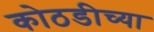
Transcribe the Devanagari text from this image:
कोठडीच्या